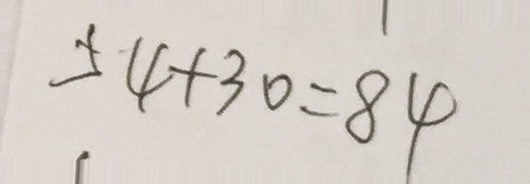
5 4 + 3 0 = 8 4